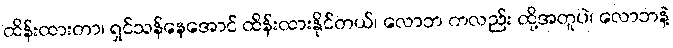
ထိန်းထားတာ၊ ရှင်သန်နေအောင် ထိန်းထားနိုင်တယ်၊ လောဘ ကလည်း ထို့အတူပဲ၊ လောဘနဲ့